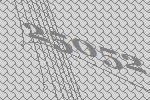
25052